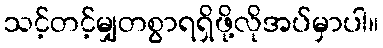
သင့်တင့်မျှတစွာရရှိဖို့လိုအပ်မှာပါ။